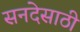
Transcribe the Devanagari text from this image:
सनदेसाठी